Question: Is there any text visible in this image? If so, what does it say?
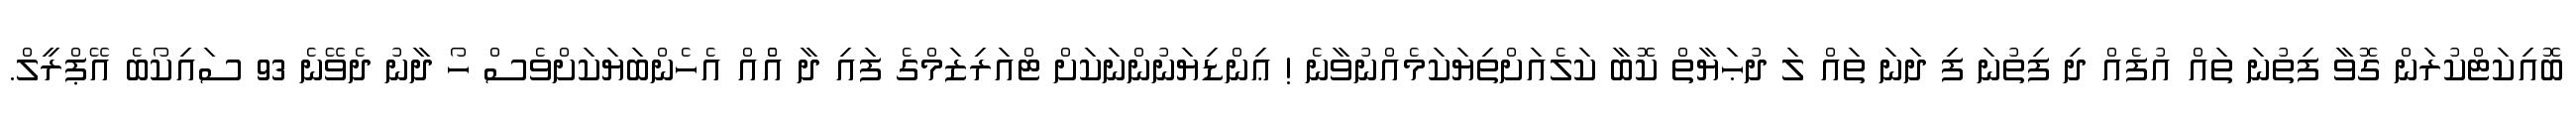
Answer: ބޮއިކަޓްކުރަން ގޮވާ ފިތުނަ ތައް އުފެއް ދި ފިތުނަ ފި ދަނަ ތައް ލަ ދުޙަޔާތް ކޮބާ ކަލެއަށްތިޔަކަމެއްނުވާނެ ! ޢިންޑިޔަނުންނަކަށް ޓްއަރިޒަމްގެ ފައި ދާ އެްއް އެހެންބަޔަކަށްވެސް ހޯ ދާނު ދެވޭނެ 93 ސައިކޯބެ އޭޕްރީލް.